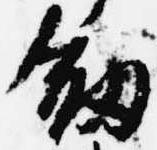
剣